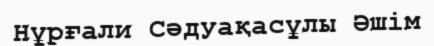
Нұрғали Сәдуақасұлы Әшім